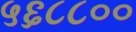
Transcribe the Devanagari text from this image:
५६८८००